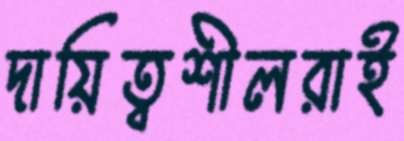
দায়িত্বশীলরাই